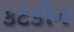
કટકીન